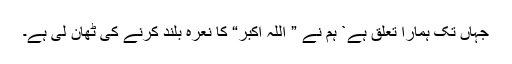
جہاں تک ہمارا تعلق ہے` ہم نے ” اللہ اکبر“ کا نعرہ بلند کرنے کی ٹھان لی ہے۔